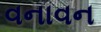
વનાવન